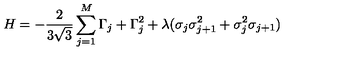
H = - \frac { 2 } { 3 \sqrt { 3 } } \sum _ { j = 1 } ^ { M } \Gamma _ { j } + \Gamma _ { j } ^ { 2 } + \lambda ( \sigma _ { j } \sigma _ { j + 1 } ^ { 2 } + \sigma _ { j } ^ { 2 } \sigma _ { j + 1 } )